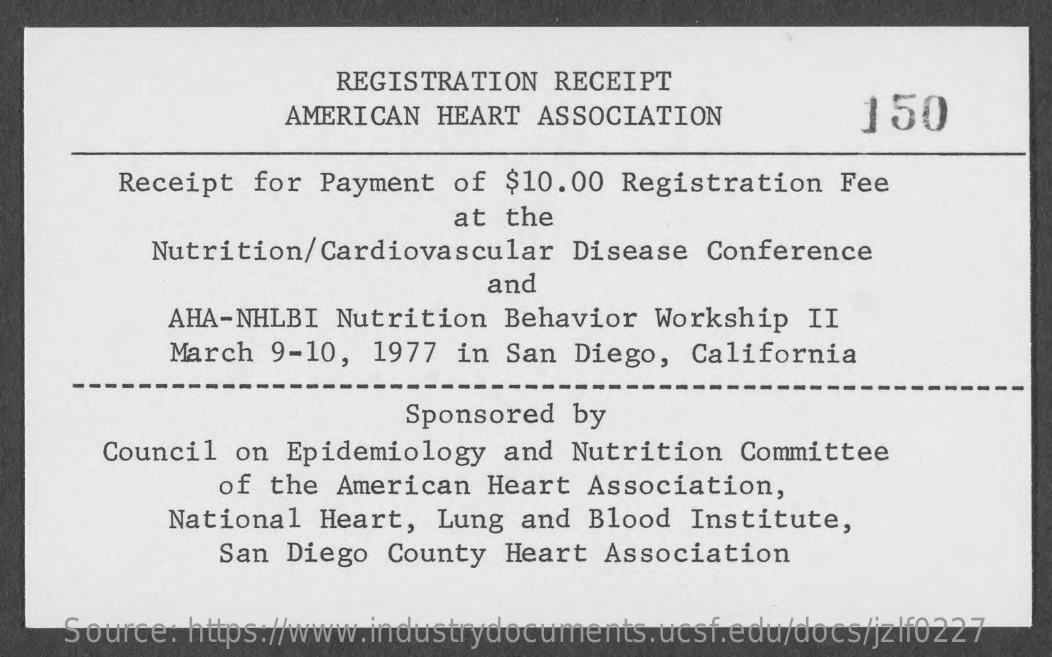
REGISTRATION  RECEIPT
     AMERICAN HEART ASSOCIATION    150
     Receipt for  Payment of $10.00  Registration  Fee
     at  the
     Nutrition/Cardiovascular   Disease Conference
     and
     AHA-NHLBI  Nutrition Behavior  Workship  II
     March  9-10, 1977 in San  Diego, California
     Sponsored  by
     Council on Epidemiology  and  Nutrition Committee
     of the  American Heart  Association,
     National  Heart, Lung  and Blood Institute,
     San Diego  County Heart  Association
     Source: https://www.industrydocuments.ucsf.edu/docs/jzlf0227